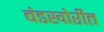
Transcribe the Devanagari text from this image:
बंडखोरीत